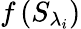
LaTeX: f\left({{S}_{{\lambda}_{i}}}\right)